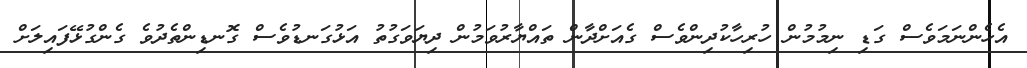
އެހެންނަމަވެސް ގަޑި ނިމުމުން ހުރިހާކުދިންވެސް ގެއަށްދާން ތައްޔާރުވަމުން ދިޔަވަގުތު އަޅުގަނޑުވެސް ގޮނޑިންތެދުވެ ގެންގުޅޭފައިލަށް